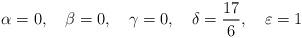
LaTeX: \begin{align*}\alpha =0,\quad\beta=0,\quad\gamma=0,\quad\delta=\frac{17}{6},\quad\varepsilon=1\end{align*}